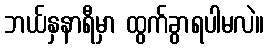
ဘယ်နှနာရီမှာ ထွက်ခွာရပါမလဲ။